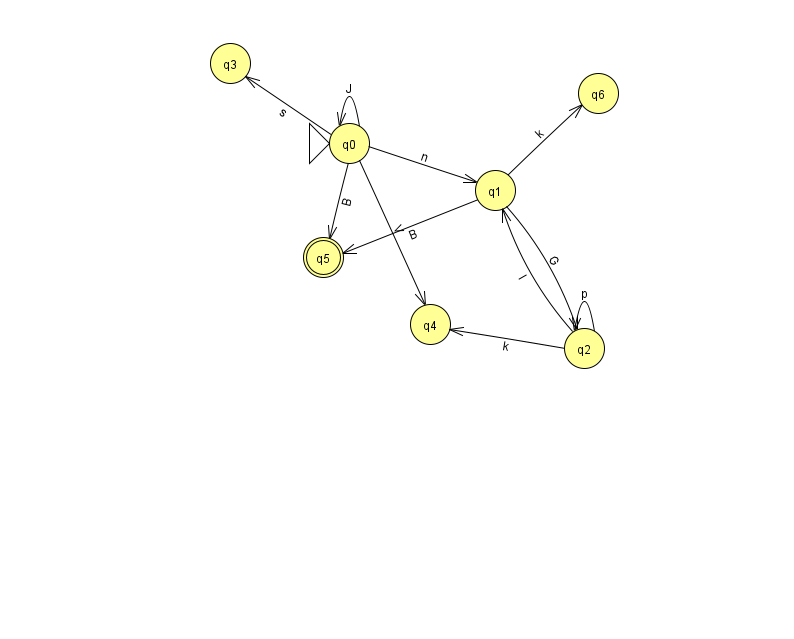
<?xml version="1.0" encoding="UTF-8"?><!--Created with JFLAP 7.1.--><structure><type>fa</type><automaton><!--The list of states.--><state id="0" name="q0"><x>349.0</x><y>130.0</y><initial/></state><state id="1" name="q1"><x>495.0</x><y>177.0</y></state><state id="2" name="q2"><x>584.0</x><y>335.0</y></state><state id="3" name="q3"><x>230.0</x><y>50.0</y></state><state id="4" name="q4"><x>430.0</x><y>311.0</y></state><state id="5" name="q5"><x>323.0</x><y>244.0</y><final/></state><state id="6" name="q6"><x>598.0</x><y>80.0</y></state><!--The list of transitions.--><transition><from>2</from><to>2</to><read>p</read></transition><transition><from>0</from><to>5</to><read>B</read></transition><transition><from>1</from><to>5</to><read>B</read></transition><transition><from>2</from><to>1</to><read>l</read></transition><transition><from>0</from><to>4</to><read>V</read></transition><transition><from>1</from><to>6</to><read>k</read></transition><transition><from>0</from><to>1</to><read>n</read></transition><transition><from>0</from><to>0</to><read>J</read></transition><transition><from>2</from><to>4</to><read>k</read></transition><transition><from>1</from><to>2</to><read>G</read></transition><transition><from>0</from><to>3</to><read>s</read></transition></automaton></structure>